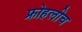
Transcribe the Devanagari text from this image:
फ्रोहलीच